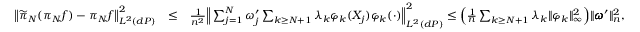
\begin{array} { r l r } { \big \| \widetilde \pi _ { N } ( \pi _ { N } f ) - \pi _ { N } f \big \| _ { L ^ { 2 } ( d P ) } ^ { 2 } } & { \leq } & { \frac { 1 } { n ^ { 2 } } \Big \| \sum _ { j = 1 } ^ { N } \omega _ { j } ^ { \prime } \sum _ { k \geq N + 1 } \lambda _ { k } \varphi _ { k } ( X _ { j } ) \varphi _ { k } ( \cdot ) \Big \| _ { L ^ { 2 } ( d P ) } ^ { 2 } \leq \Big ( \frac { 1 } { n } \sum _ { k \geq N + 1 } \lambda _ { k } \| \varphi _ { k } \| _ { \infty } ^ { 2 } \Big ) \| \pmb \omega ^ { \prime } \| _ { n } ^ { 2 } , } \end{array}